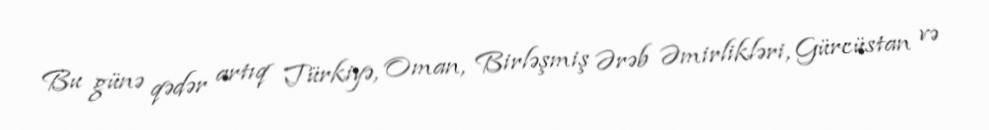
Bu günə qədər artıq Türkiyə, Oman, Birləşmiş Ərəb Əmirlikləri, Gürcüstan və